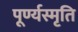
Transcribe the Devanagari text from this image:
पूर्ण्यस्मृति